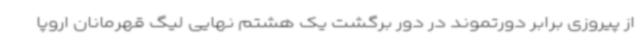
از پیروزی برابر دورتموند در دور برگشت یک هشتم نهایی لیگ قهرمانان اروپا